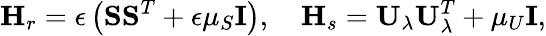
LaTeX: \mathbf{H}_{r}=\epsilon\left(\mathbf{S}\mathbf{S}^{T}+\epsilon\mu_{S}\mathbf{I}\right),\quad\mathbf{H}_{s}=\mathbf{U}_{\lambda}\mathbf{U}_{\lambda}^{T}+\mu_{U}\mathbf{I},